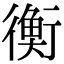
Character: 衡